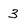
Character: 3